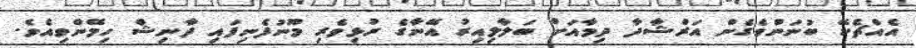
އެއްޗެކޭ ބުނަންވެގެން އަރްޝާދާ ދިމާއަށް ބަލާލިއިރު އޭނާގެ ރުޅިވެރި މޫނުފެނިފައި ދާނިޝް ހިމޭންވިއެވެ.